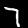
Digit: 7